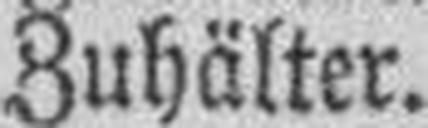
Zuhälter.